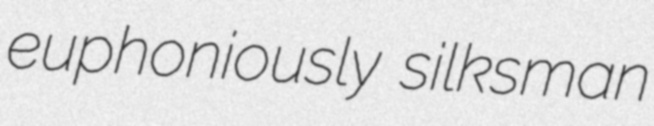
euphoniously silksman